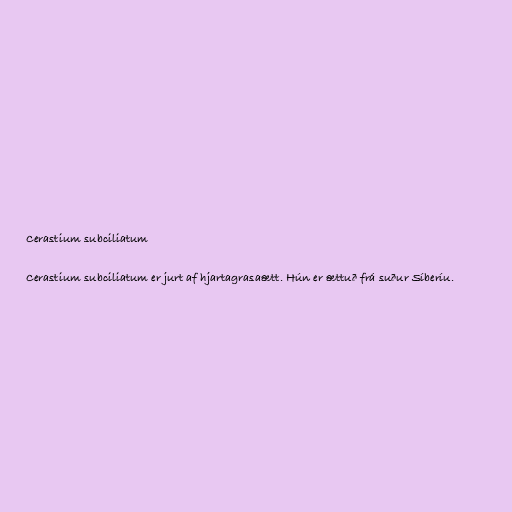
Cerastium subciliatum

Cerastium subciliatum er jurt af hjartagrasaætt. Hún er ættuð frá suður Síberíu.